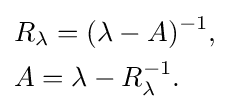
{\begin{aligned}&R_{\lambda }=(\lambda -A)^{-1},\\&A=\lambda -R_{\lambda }^{-1}.\end{aligned}}